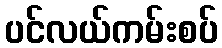
ပင်လယ်ကမ်းစပ်